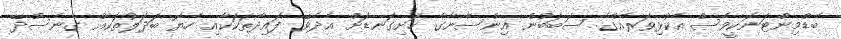
ބެޑްމިންޓަނަކީވެސް އެކުޅިވަރެއްގެ ސަބަބުން އިންސާނާގެ ހަށިގަނޑަށް އެދެވޭ ފައިދާތަކަކާއި ހެޔޮ ބަދަލުތަކެއް ގެނެސްދޭ